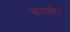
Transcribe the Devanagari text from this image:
काश्मीरं